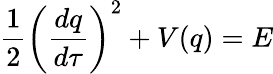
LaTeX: \frac{1}{2}\left(\frac{dq}{d\tau}\right)^{2}+V(q)=E